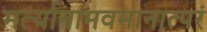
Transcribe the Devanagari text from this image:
मर्त्यानामवमानात्परं